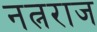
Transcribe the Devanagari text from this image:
नत्नराज